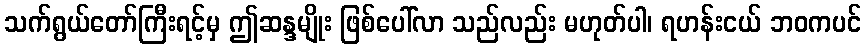
သက်ရွယ်တော်ကြီးရင့်မှ ဤဆန္ဒမျိုး ဖြစ်ပေါ်လာ သည်လည်း မဟုတ်ပါ၊ ရဟန်းငယ် ဘဝကပင်